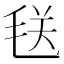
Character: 𪵜